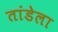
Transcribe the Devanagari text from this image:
तांडेला